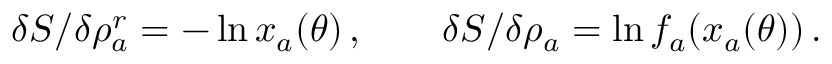
\delta S / \delta \rho _ { a } ^ { r } = - \ln x _ { a } ( \theta ) \, , \qquad \delta S / \delta \rho _ { a } = \ln f _ { a } ( x _ { a } ( \theta ) ) \, .